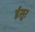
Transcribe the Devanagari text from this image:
ईसुर